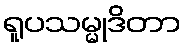
ရူပသမ္မုဒိတာ